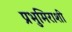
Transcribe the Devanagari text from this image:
प्रभुमिराशी